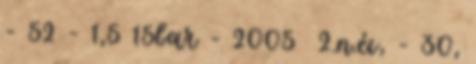
- 52 - 1,5 15bar - 2005 2.n.év, - 30,